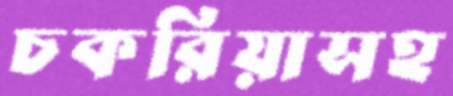
চকরিয়াসহ